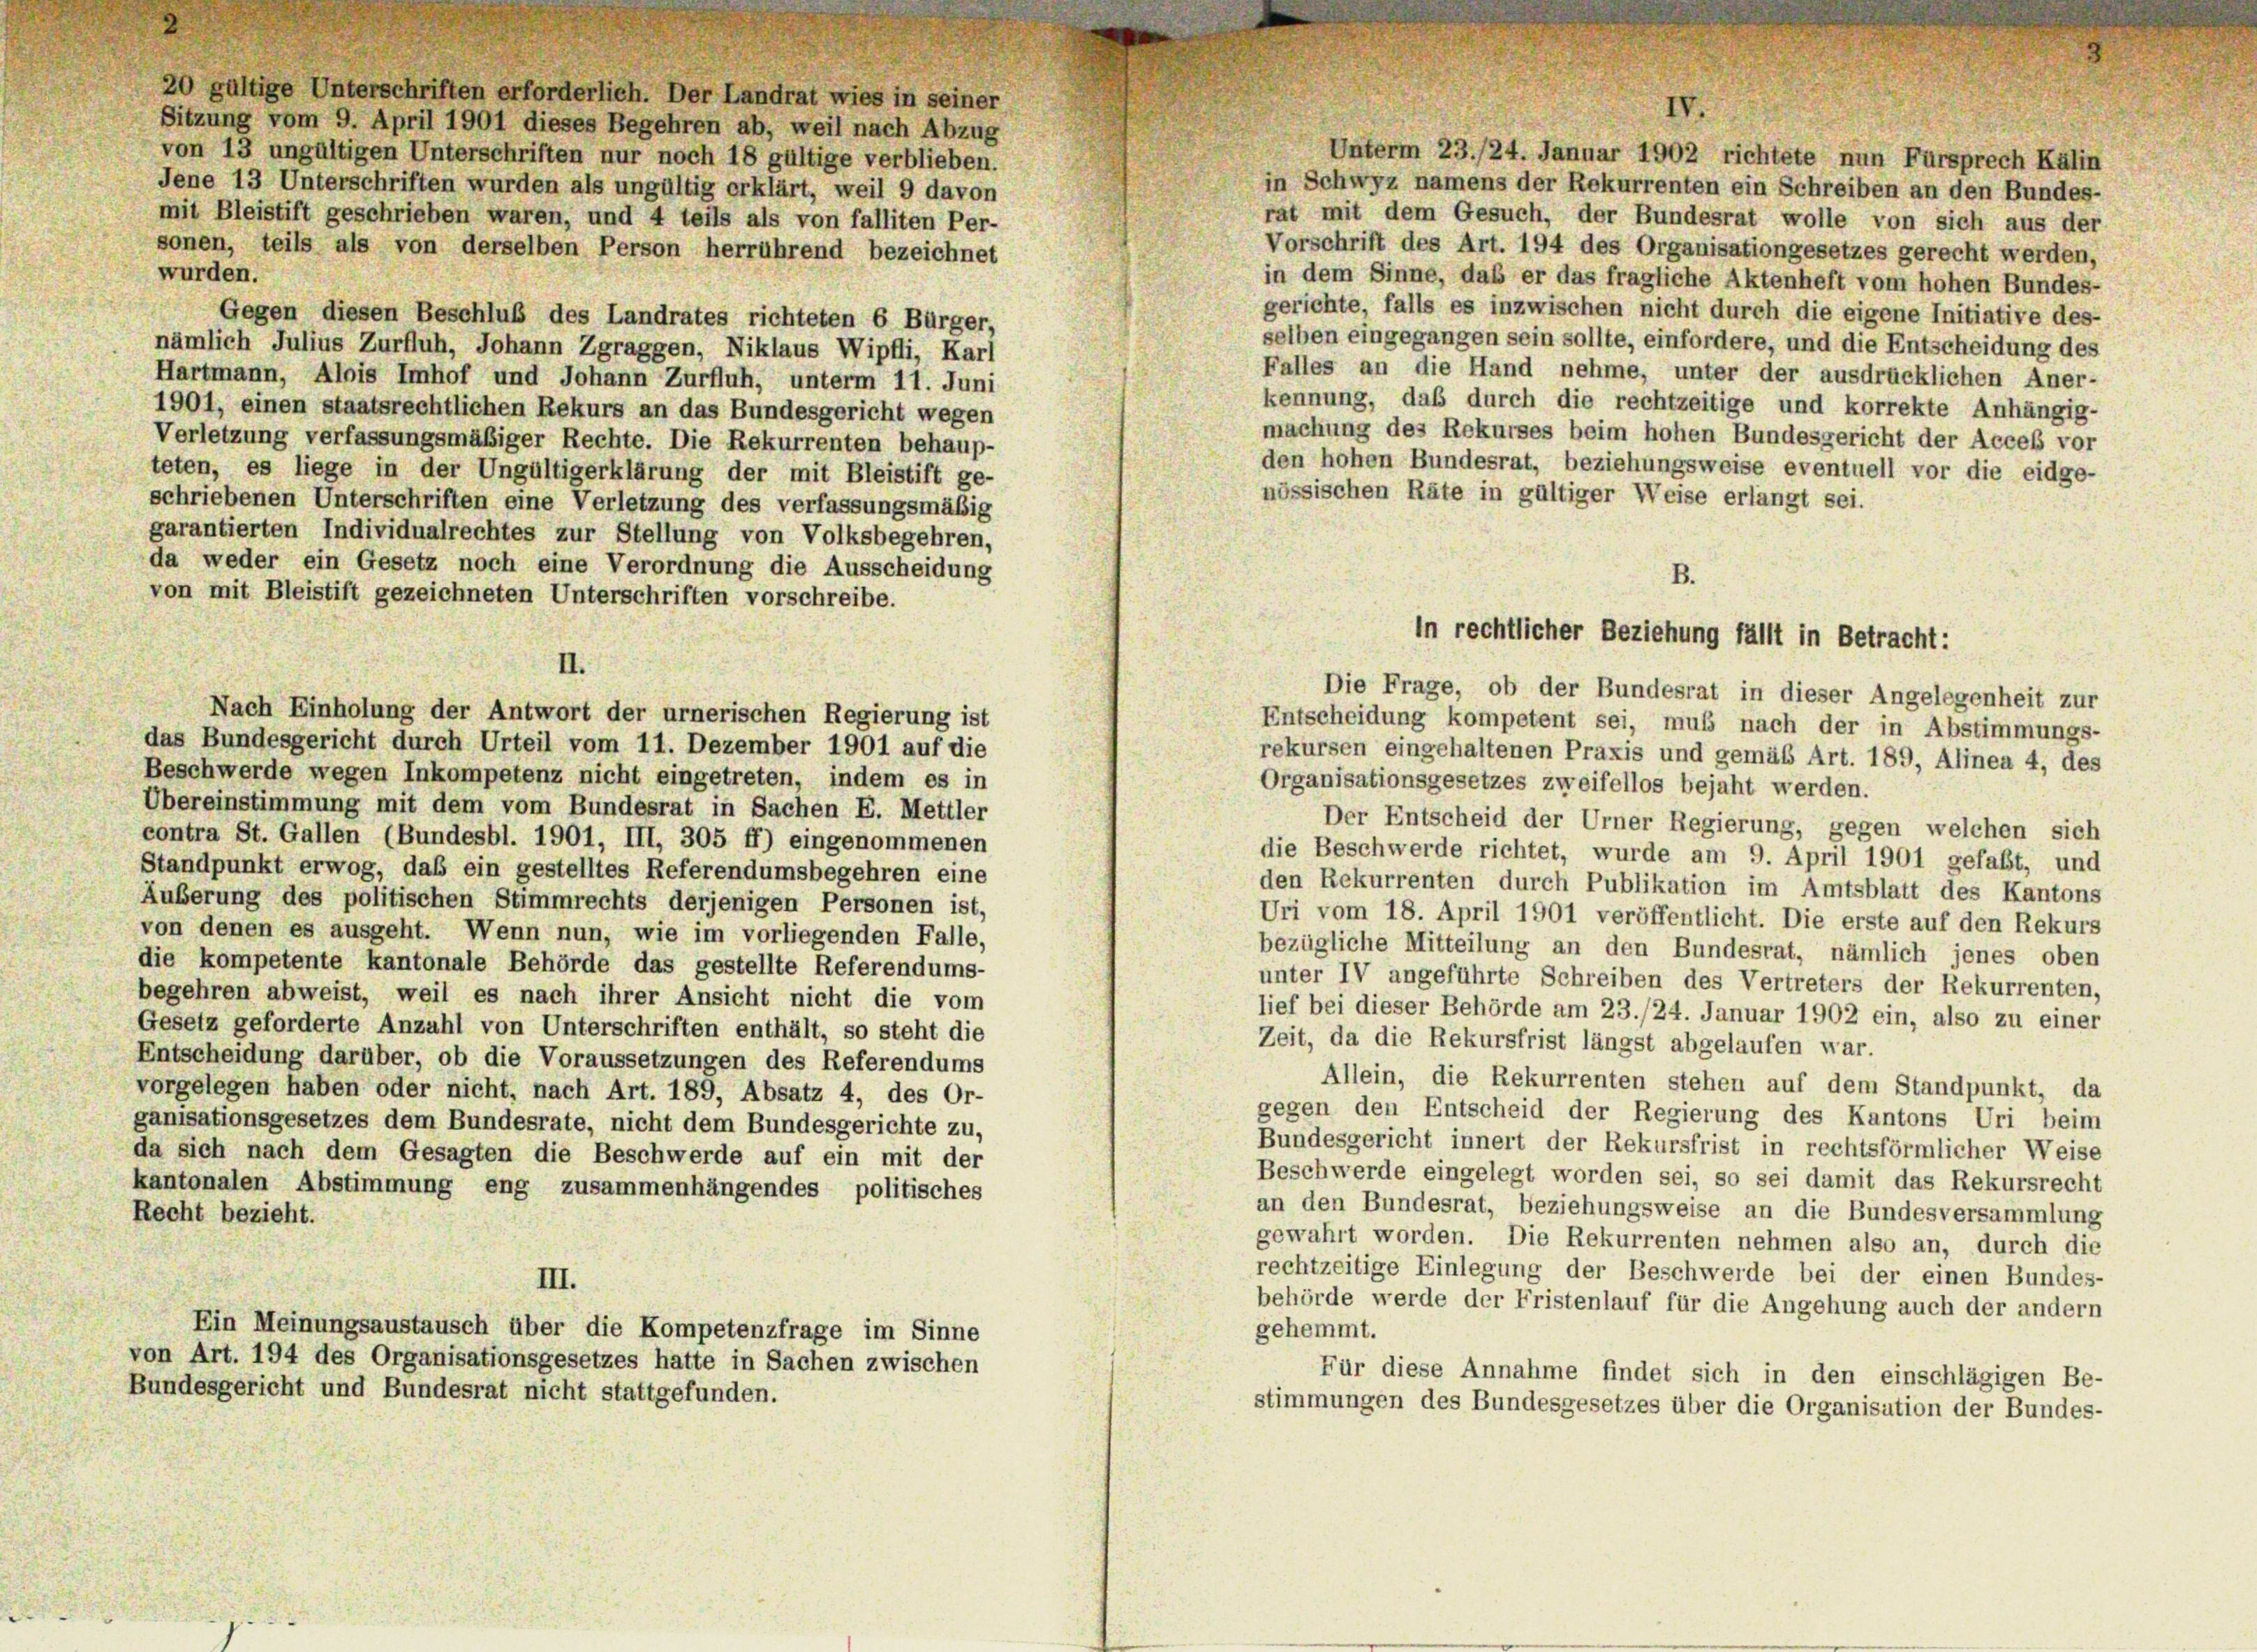
20 gültige Unterschriften erforderlich. Der Landrat wies in seiner
Sitzung vom 9. April 1901 dieses Begehren ab, weil nach Abzug
von 13 ungültigen Unterschriften nur noch 18 gültige verblieben.
Jene 13 Unterschriften wurden als ungültig erklärt, weil 9 davon
mit Bleistift geschrieben waren, und 4 teils als von falliten Per-
sonen, teils als von derselben Person herrührend bezeichnet
wurden.
Gegen diesen Beschluß des Landrates richteten 6 Bürger,
nämlich Julius Zurfluh, Johann Zgraggen, Niklaus Wipfli, Karl
Hartmann, Alois Imhof und Johann Zurfluh, unterm 11. Juni
1901, einen staatsrechtlichen Rekurs an das Bundesgericht wegen
Verletzung verfassungsmäßiger Rechte. Die Rekurrenten behaup-
teten, es liege in der Ungültigerklärung der mit Bleistift ge-
schriebenen Unterschriften eine Verletzung des verfassungsmäßig
garantierten Individualrechtes zur Stellung von Volksbegehren,
da weder ein Gesetz noch eine Verordnung die Ausscheidung
von mit Bleistift gezeichneten Unterschriften vorschreibe.
II.
Nach Einholung der Antwort der urnerischen Regierung ist
das Bundesgericht durch Urteil vom 11. Dezember 1901 auf die
Beschwerde wegen Inkompetenz nicht eingetreten, indem es in
Übereinstimmung mit dem vom Bundesrat in Sachen E. Mettler
contra St. Gallen (Bundesbl. 1901, III, 305 ff) eingenommenen
Standpunkt erwog, daß ein gestelltes Referendumsbegehren eine
Äußerung des politischen Stimmrechts derjenigen Personen ist,
von denen es ausgeht. Wenn nun, wie im vorliegenden Falle,
die kompetente kantonale Behörde das gestellte Referendums-
begehren abweist, weil es nach ihrer Ansicht nicht die vom
Gesetz geforderte Anzahl von Unterschriften enthält, so steht die
Entscheidung darüber, ob die Voraussetzungen des Referendums
vorgelegen haben oder nicht, nach Art. 189, Absatz 4, des Or-
ganisationsgesetzes dem Bundesrate, nicht dem Bundesgerichte zu,
da sich nach dem Gesagten die Beschwerde auf ein mit der
kantonalen Abstimmung eng zusammenhängendes politisches
Recht bezieht.

III.

Ein Meinungsaustausch über die Kompetenzfrage im Sinne
von Art. 194 des Organisationsgesetzes hatte in Sachen zwischen
Bundesgericht und Bundesrat nicht stattgefunden.

1

IV.
Unterm 23./24. Januar 1902 richtete nun Fürsprech Kälin

in Schwyz namens der Rekurrenten ein Schreiben an den Bundes-
rat mit dem Gesuch, der Bundesrat wolle von sich aus der
Vorschrift des Art. 194 des Organisationgesetzes gerecht werden,
in dem Sinne, das er das fragliche Aktenheft vom hohen Bundes-
gerichte, falls es inzwischen nicht durch die eigene Initiative des-
selben eingegangen sein sollte, einfordere, und die Entscheidung des
Falles an die Hand nehme, unter der ausdrücklichen Aner-
kennung, daß durch die rechtzeitige und korrekte Anhängig-
machung des Rekurses beim hohen Bundesgericht der Acceß vor
den hohen Bundesrat, beziehungsweise eventuell vor die eidge-
nössischen Räte in gültiger Weise erlangt sei.
Die Frage, ob der Bundesrat in dieser Angelegenheit zur
Entscheidung kompetent sei, muß nach der in Abstimmungs-
rekursen eingehaltenen Praxis und gemäß Art. 189, Alinea 4, des
Organisationsgesetzes zweifellos bejaht werden.
Der Entscheid der Urner Regierung, gegen welchen sich
die Beschwerde richtet, wurde am 9. April 1901 gefaßt, und
den Rekurrenten durch Publikation im Amtsblatt des Kantons
Uri vom 18. April 1901 veröffentlicht. Die erste auf den Rekurs
bezügliche Mitteilung an den Bundesrat, nämlich jenes oben
unter IV angeführte Schreiben des Vertreters der Rekurrenten,
lief bei dieser Behörde am 23./24. Januar 1902 ein, also zu einer
Zeit, da die Rekursfrist längst abgelaufen war.
Allein, die Rekurrenten stehen auf dem Standpunkt, da
gegen den Entscheid der Regierung des Kantons Uri beim
Bundesgericht innert der Rekursfrist in rechtsförmlicher Weise
Beschwerde eingelegt worden sei, so sei damit das Rekursrecht
an den Bundesrat, beziehungsweise an die Bundesversammlung
gewahrt worden. Die Rekurrenten nehmen also an, durch die
rechtzeitige Einlegung der Beschwerde bei der einen Bundes-
behörde werde der Fristenlauf für die Angehung auch der andern
gehemmt.
Für diese Annahme findet sich in den einschlägigen Be-
stimmungen des Bundesgesetzes über die Organisation der Bundes-

E
in rechtlicher Beziehung fällt in Betracht: